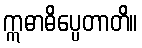
ဣဓာဓိပ္ပေတာတိ။